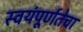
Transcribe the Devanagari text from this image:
स्वयंपूर्णतेचा